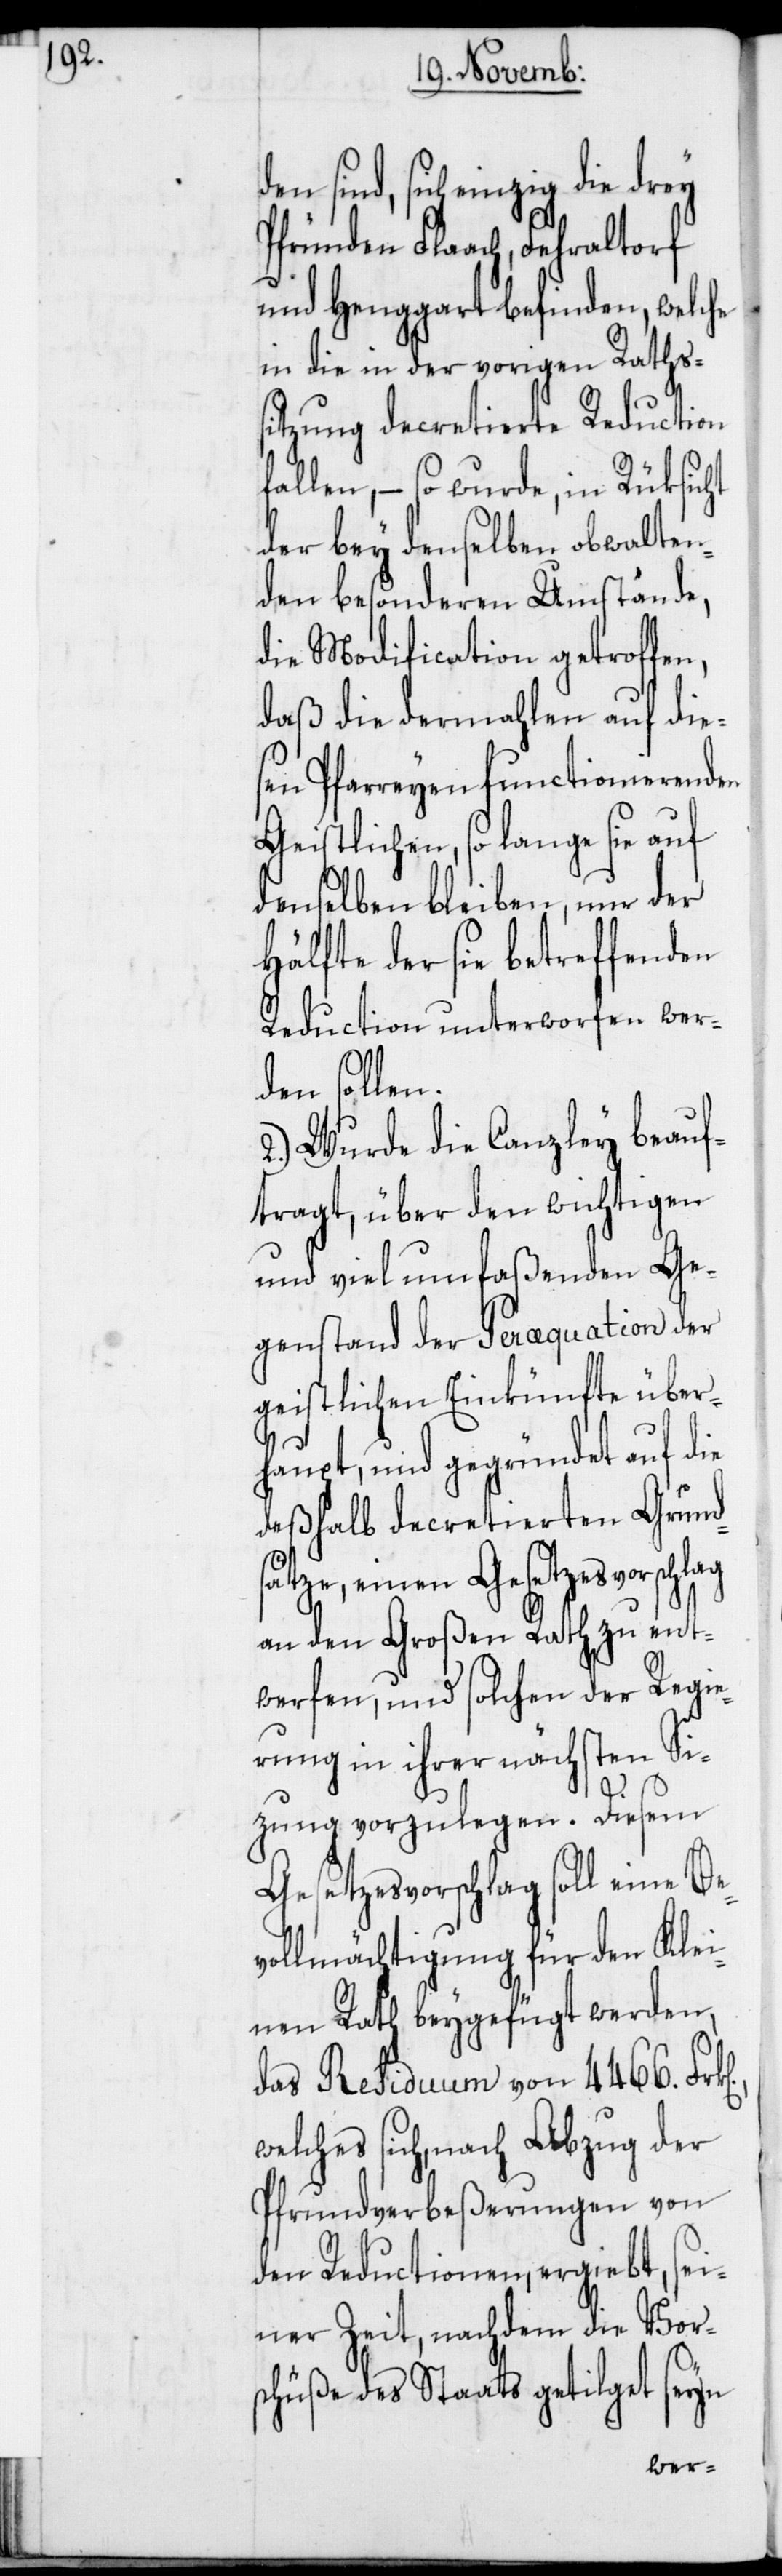
d, sich einzig die drey
Pfründen Flaach, Fehraltorf
und Henggart befinden, welche
in die in der vorigen Raths¬
sitzung decretierte Reduction
fallen, – so wurde, in Rüksicht
der bey denselben obwalten¬
den besonderen Umstände,
die Modification getroffen,
daß die dermahlen auf die¬
sen Pfarreyen functionierenden
Geistlichen, so lange sie auf
denselben bleiben, nur der
Hälfte der sie betreffenden
Reduction unterworfen wer¬
den sollen.
2.) Wurde die Canzley beauf¬
tragt, über den wichtigen
und viel umfaßenden Ge¬
genstand der Peræquation der
geistlichen Einkünfte über¬
haupt, und gegründet auf die
deßhalb decretierten Grund¬
sätze, einen Gesetzesvorschlag
an den Großen Rath zu ent¬
werfen, und solchen der Regie¬
rung in ihrer nächsten Si¬
tzung vorzulegen. Diesem
Gesetzesvorschlag soll eine Be¬
vollmächtigung für den Klei¬
nen Rath beygefügt werden,
das Residuum von 4466.
welches sich, nach Abzug der
Pfrundverbeßerungen von
den Reductionen, ergiebt, sei¬
ner Zeit, nachdem die Vor¬
schüße des Staats getilget seyn